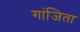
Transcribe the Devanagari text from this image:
गांजिता